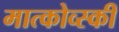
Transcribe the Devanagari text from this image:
मात्कोव्स्की